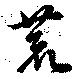
荒